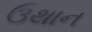
ઉથાન